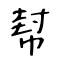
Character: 幇